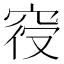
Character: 𱶼